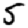
Digit: 5